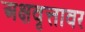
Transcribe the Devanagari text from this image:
अक्षवृत्तावर